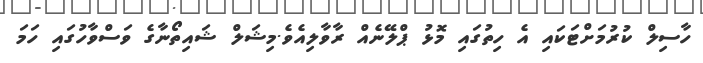
ހާސިލް ކުރުމަށްޓަކައި އެ ހިތުގައި މޮޅު ޕްލޭނެއް ރާވާލިއެވެ.މިޝަލް ޝައިތޯނާގެ ވަސްވާހުގައި ހަމަ